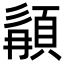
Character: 䫇